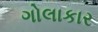
ગોલાકાર